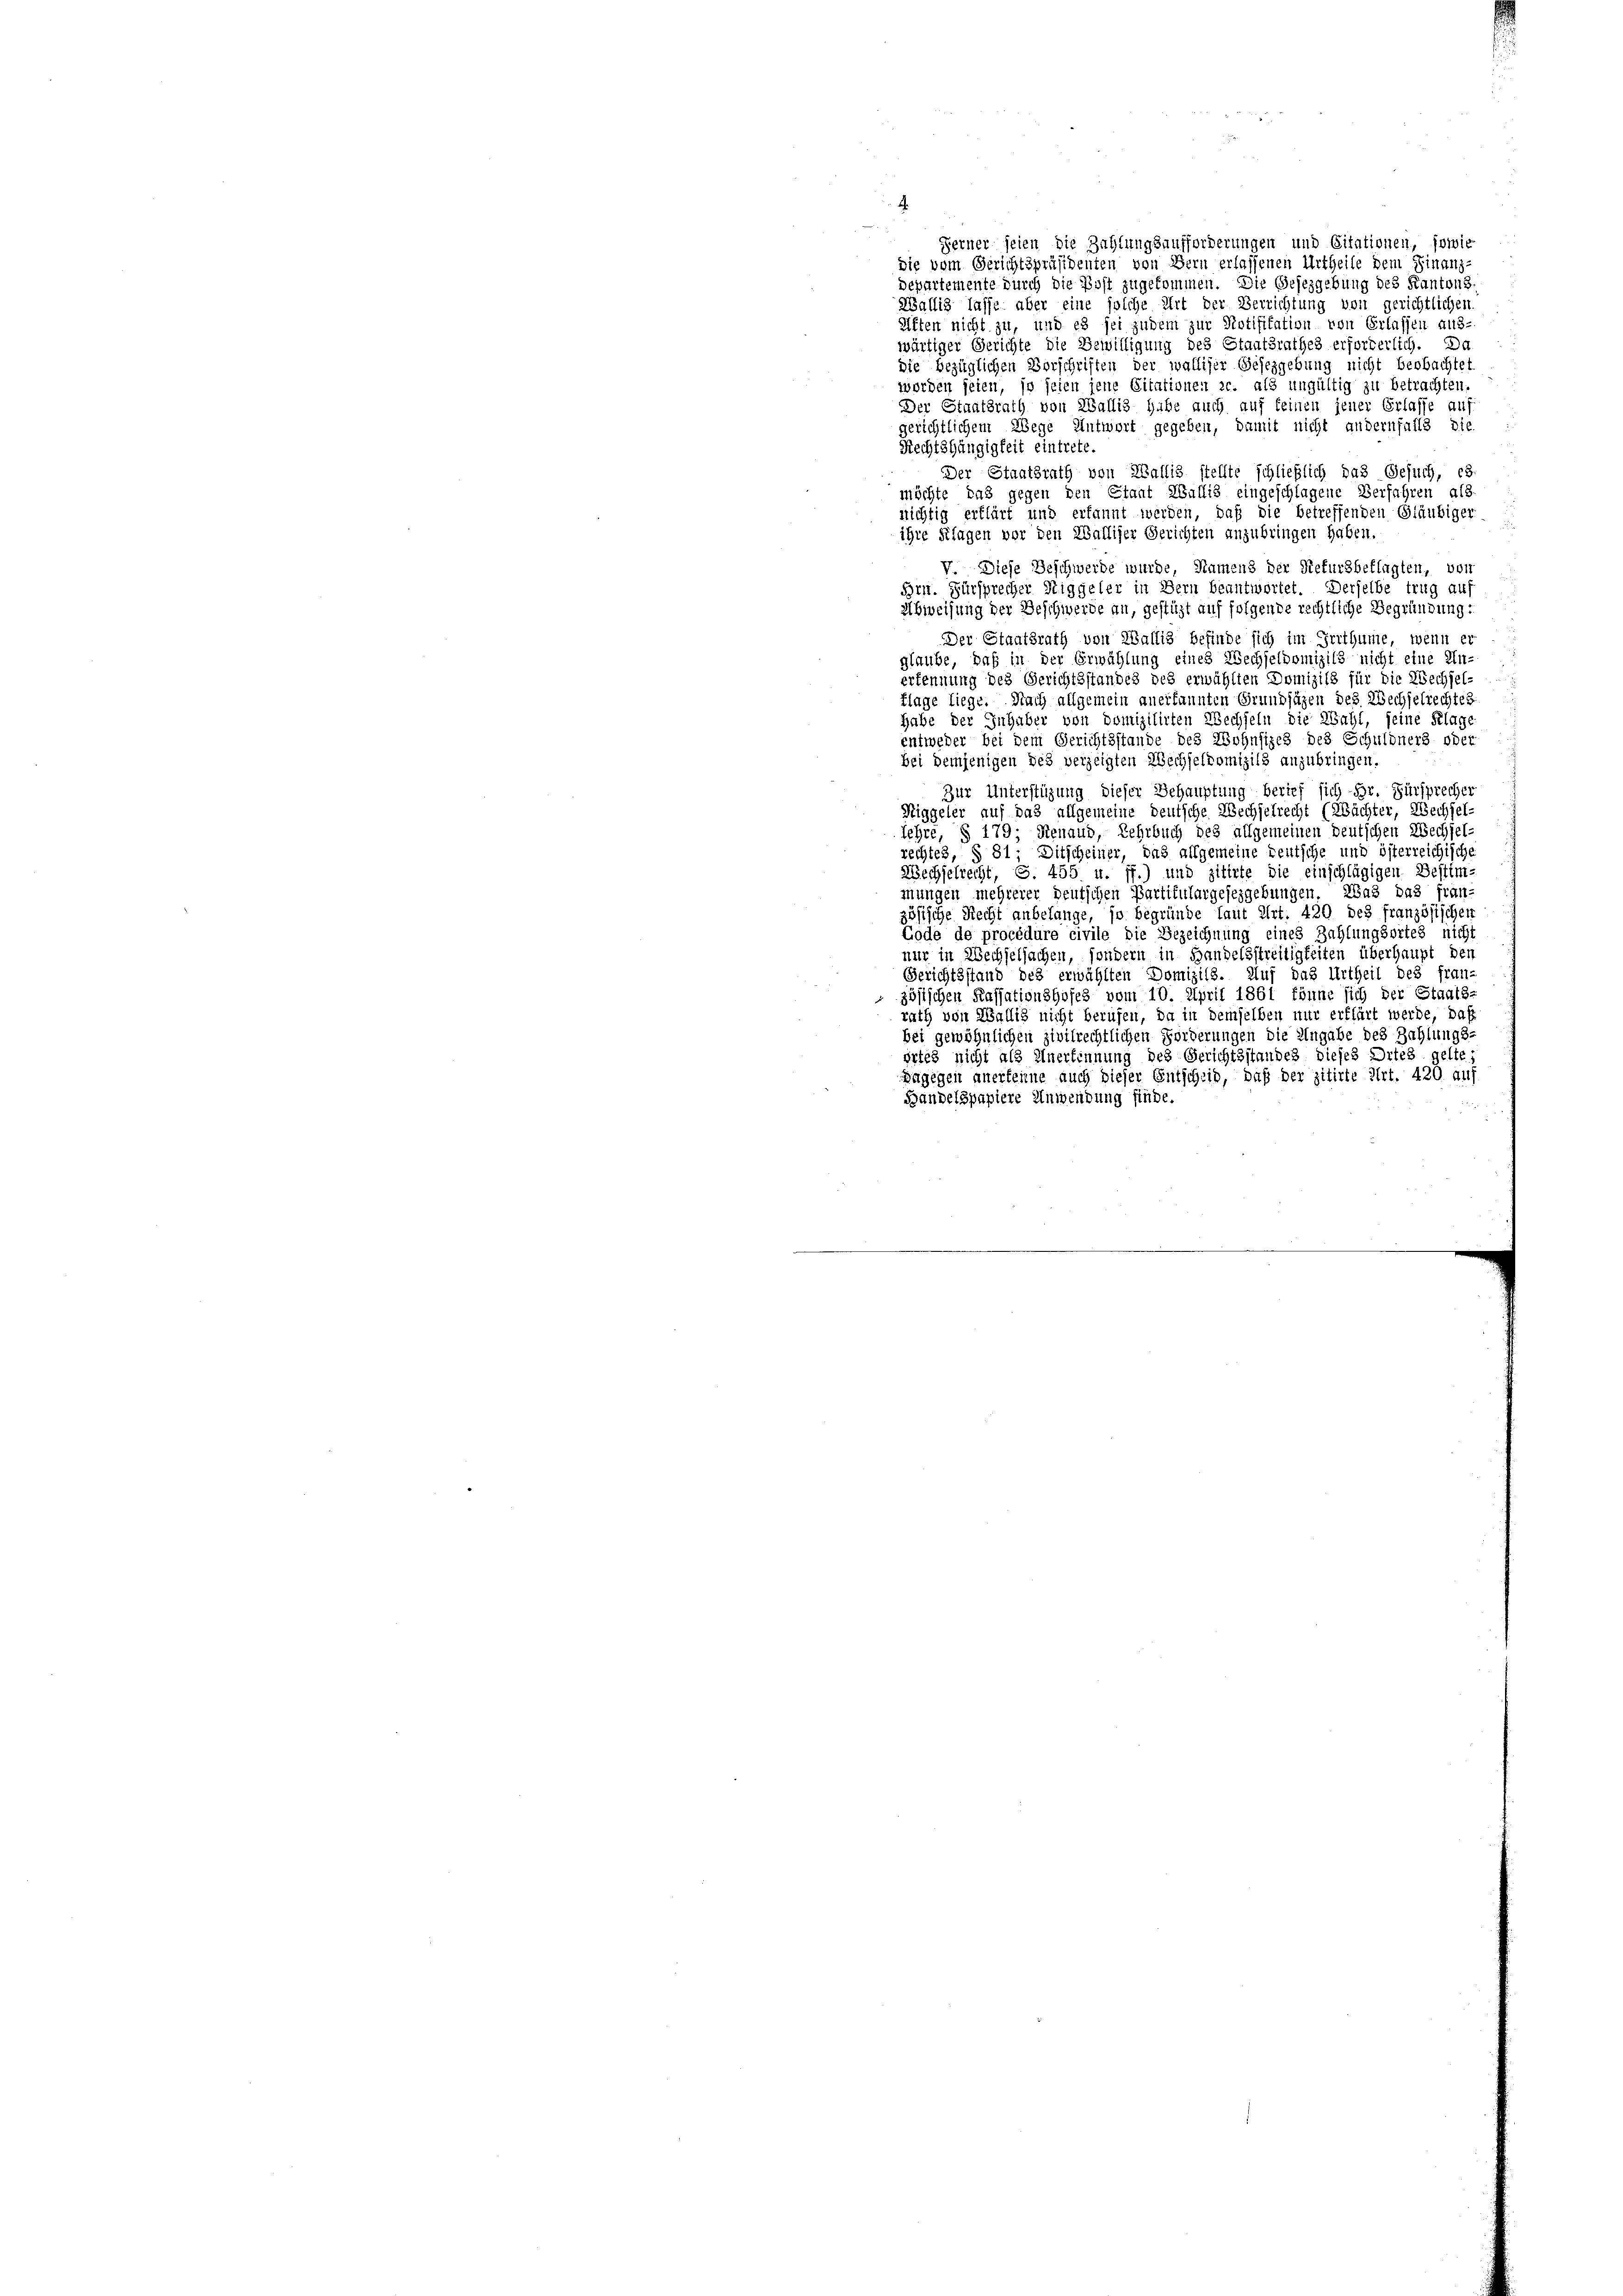
.
Wallig lasse aber eine solche Art der Verrichtung von gerichtlichen
Giften nicht zu, und es sei zudem zur Notifikation von Erlassen aus-
wärtiger Gerichte die Bewilligung des Staatsrathes erforderlich. Da
die bezüglichen Vorschriften der walliser Gesezgebung nicht beobachtet
worden seien, so seien jene Citationen c. als ungültig zu betrachten.
Der Staatsrath von Wallis habe auch auf keinen jener Erlasse auf
gerichtlichem Wege Antwort gegeben, damit nicht andernfalls die
Rechtshängigkeit eintrete.
Der Staatsrath von Wallis stellte schließlich das Gesuch, es
möchte das gegen den Stant Wallis eingeschlagene Verfahren als
nichtig erklärt und erkannt werden, daß die betreffenden Gläubiger
u
ihre Klagen vor den Walliser Gerichten anzubringen haben.
y. Diese Beschwerde wurde, Namens der Stefursbeklagten, von
Brn. Fürsprecher Stiggeler in Bern beantwortet. Derselbe trug auf
Abweisung der Beschwerde an, gestüzt auf folgende rechtliche Begründung:
Der Staatsrath von Wallig befinde sich im Irrthume, wenn er
glaube, daß in der Erwählung eines Wechseldomizils nicht eine Un-
erkennung des Gerichtsstandes des erwählten Domizils für die Wechsel-
flage liege. Nach allgemein anerkannten Grundsäzen des Wechselrechtes
habe der Inhaber von domizilirten Wechseln die Zahl, seine Klage
entweder bei dem Gerichtsstande des Wohnsizes des Schuldners oder
bei demjenigen des verzeigten Wechseldomizils anzubringen.
Zur Unterstüzung dieser Behauptung berief sich Hr. Fürsprecher
Niggeler auf das allgemeine deutsche Wechselrecht (Wächter, Wechsel-
lehre, § 179. Renaud, Lehrbuch des allgemeinen deutschen Wechsel-
rechtes, § 81; Ditscheiner, das allgemeine teutsche und österreichische
Wechselrecht, S. 455 u. ff.) und zitirte die einschlägigen Bestim-
mungen mehrerer deutschen Partikulargesezgebungen. Was das fran-
zösische Recht anbelange, so begründe laut Art. 420 des französischen
Gode de procédure civile die Bezeichnung eines Zahlungsortes nicht
nur in Wechselsachen, sondern in Handelsstreitigkeiten überhaupt den
Gerichtsstand des erwählten Domizils. Auf das Urtheil des fran-
zösischen Kassationshofes vom 10. April 1861 könne sich der Staats-
rath von Wallis nicht berufen, da in demselben nur erklärt werde, daß
bei gewöhnlichen zivilrechtlichen Förderungen die Angabe des Zahlungs-
örtes nicht als Unerfinnung des Gerichtsstandes dieses Ortes gelte;
agegen anerkeime auch dieser Entscheid, daß der zitirte Art. 420 auf
Handelspapiere Anwendung finde.

Ferner seien die Zahlungsaufforderungen und Citationen, sowie
die vom Gerichtspräsidenten von Bern erlassenen Urtheile dem Finanz-
Departemente durch die Post zugekommen. Die Gesezgebung des Kantons